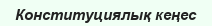
Конституциялық кеңес